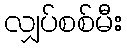
လျှပ်စစ်မီး